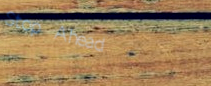
Stop Ahead